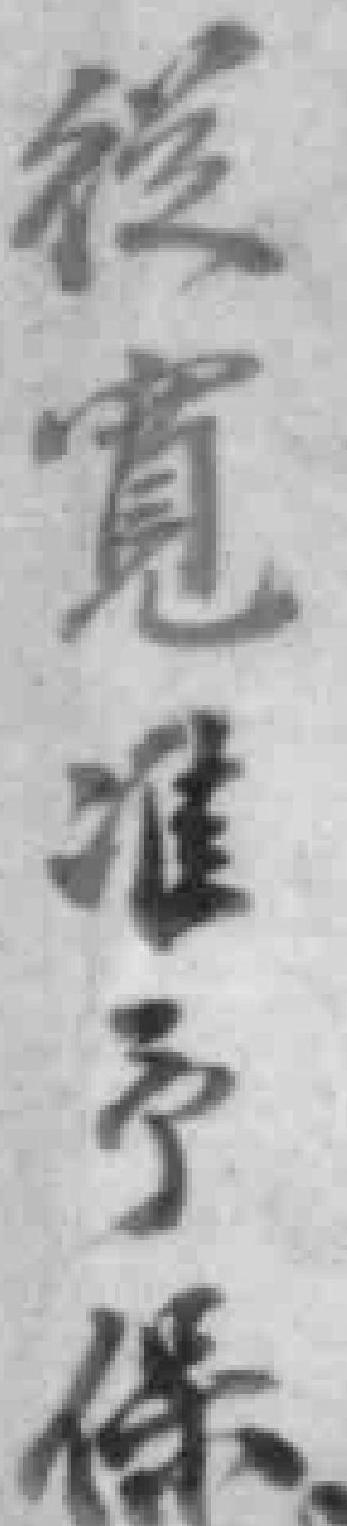
從寬准予保